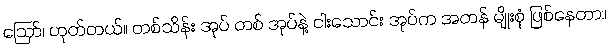
ဪ၊ ဟုတ်တယ်။ တစ်သိန်း အုပ် တစ် အုပ်နဲ့ ငါးသောင်း အုပ်က အတန် မျိုးစုံ ဖြစ်နေတာ။